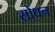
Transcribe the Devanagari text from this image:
सोंधन